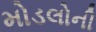
મોડલોની